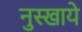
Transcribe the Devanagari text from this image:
नुस्खाये